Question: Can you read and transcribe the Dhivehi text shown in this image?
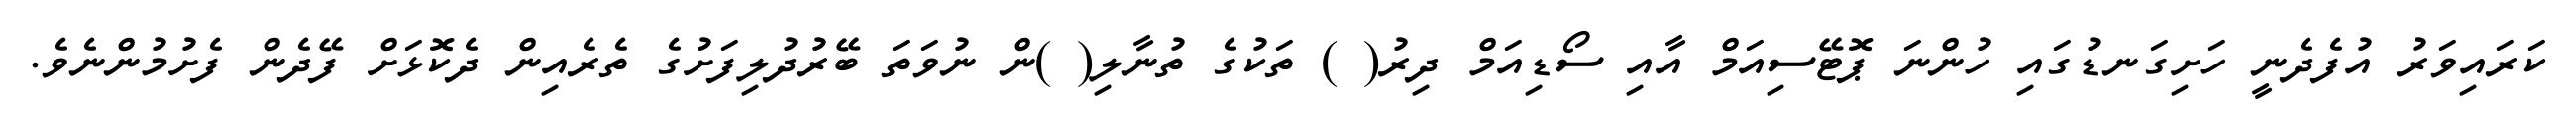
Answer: ކަރައިވަރު އުފެދެނީ ހަށިގަނޑުގައި ހުންނަ ޕޮޓޭސިއަމް އާއި ސޯޑިއަމް ދިރު( ) ތަކުގެ ތުނާލި( )ން ނުވަތަ ބޭރުދުލިފަށުގެ ތެރެއިން ދެކޮޅަށް ފޭދެން ފެށުމުންނެވެ.